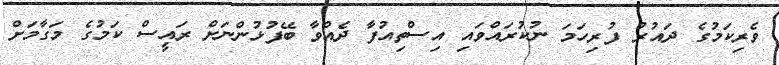
ވެރިކަމުގެ ދައުރު ފުރިހަމަ ނުކުރައްވައި އިސްތިއުފާ ދެއްވާ ބޭފުޅުންނަށް ރައީސް ކަމުގެ މަގާމަށް